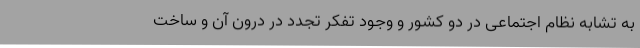
به تشابه نظام اجتماعی در دو کشور و وجود تفکر تجدد در درون آن و ساخت